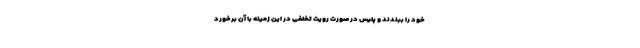
خود را ببندند و پلیس در صورت رویت تخلفی در این زمینه با آن برخورد